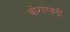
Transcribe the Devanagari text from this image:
बोरांएवढी